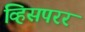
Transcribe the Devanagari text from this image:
व्हिसपरर